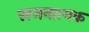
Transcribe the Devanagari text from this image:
स्रजनात्मक